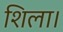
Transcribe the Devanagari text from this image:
शिला।